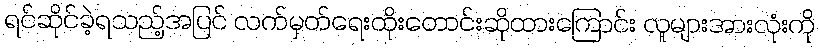
ရင်ဆိုင်ခဲ့ရသည့်အပြင် လက်မှတ်ရေးထိုးတောင်းဆိုထားကြောင်း လူများအားလုံးကို